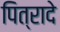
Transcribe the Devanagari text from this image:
पित्रादे